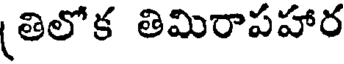
(తిలోక తిమిరాపహార